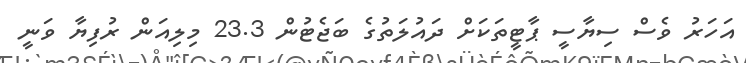
އަހަރު ވެސް ސިޔާސީ ޕާޓީތަކަށް ދައުލަތުގެ ބަޖެޓުން 23.3 މިލިއަން ރުފިޔާ ވަނީ